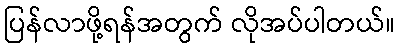
ပြန်လာဖို့ရန်အတွက် လိုအပ်ပါတယ်။